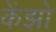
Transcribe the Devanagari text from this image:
केंझो